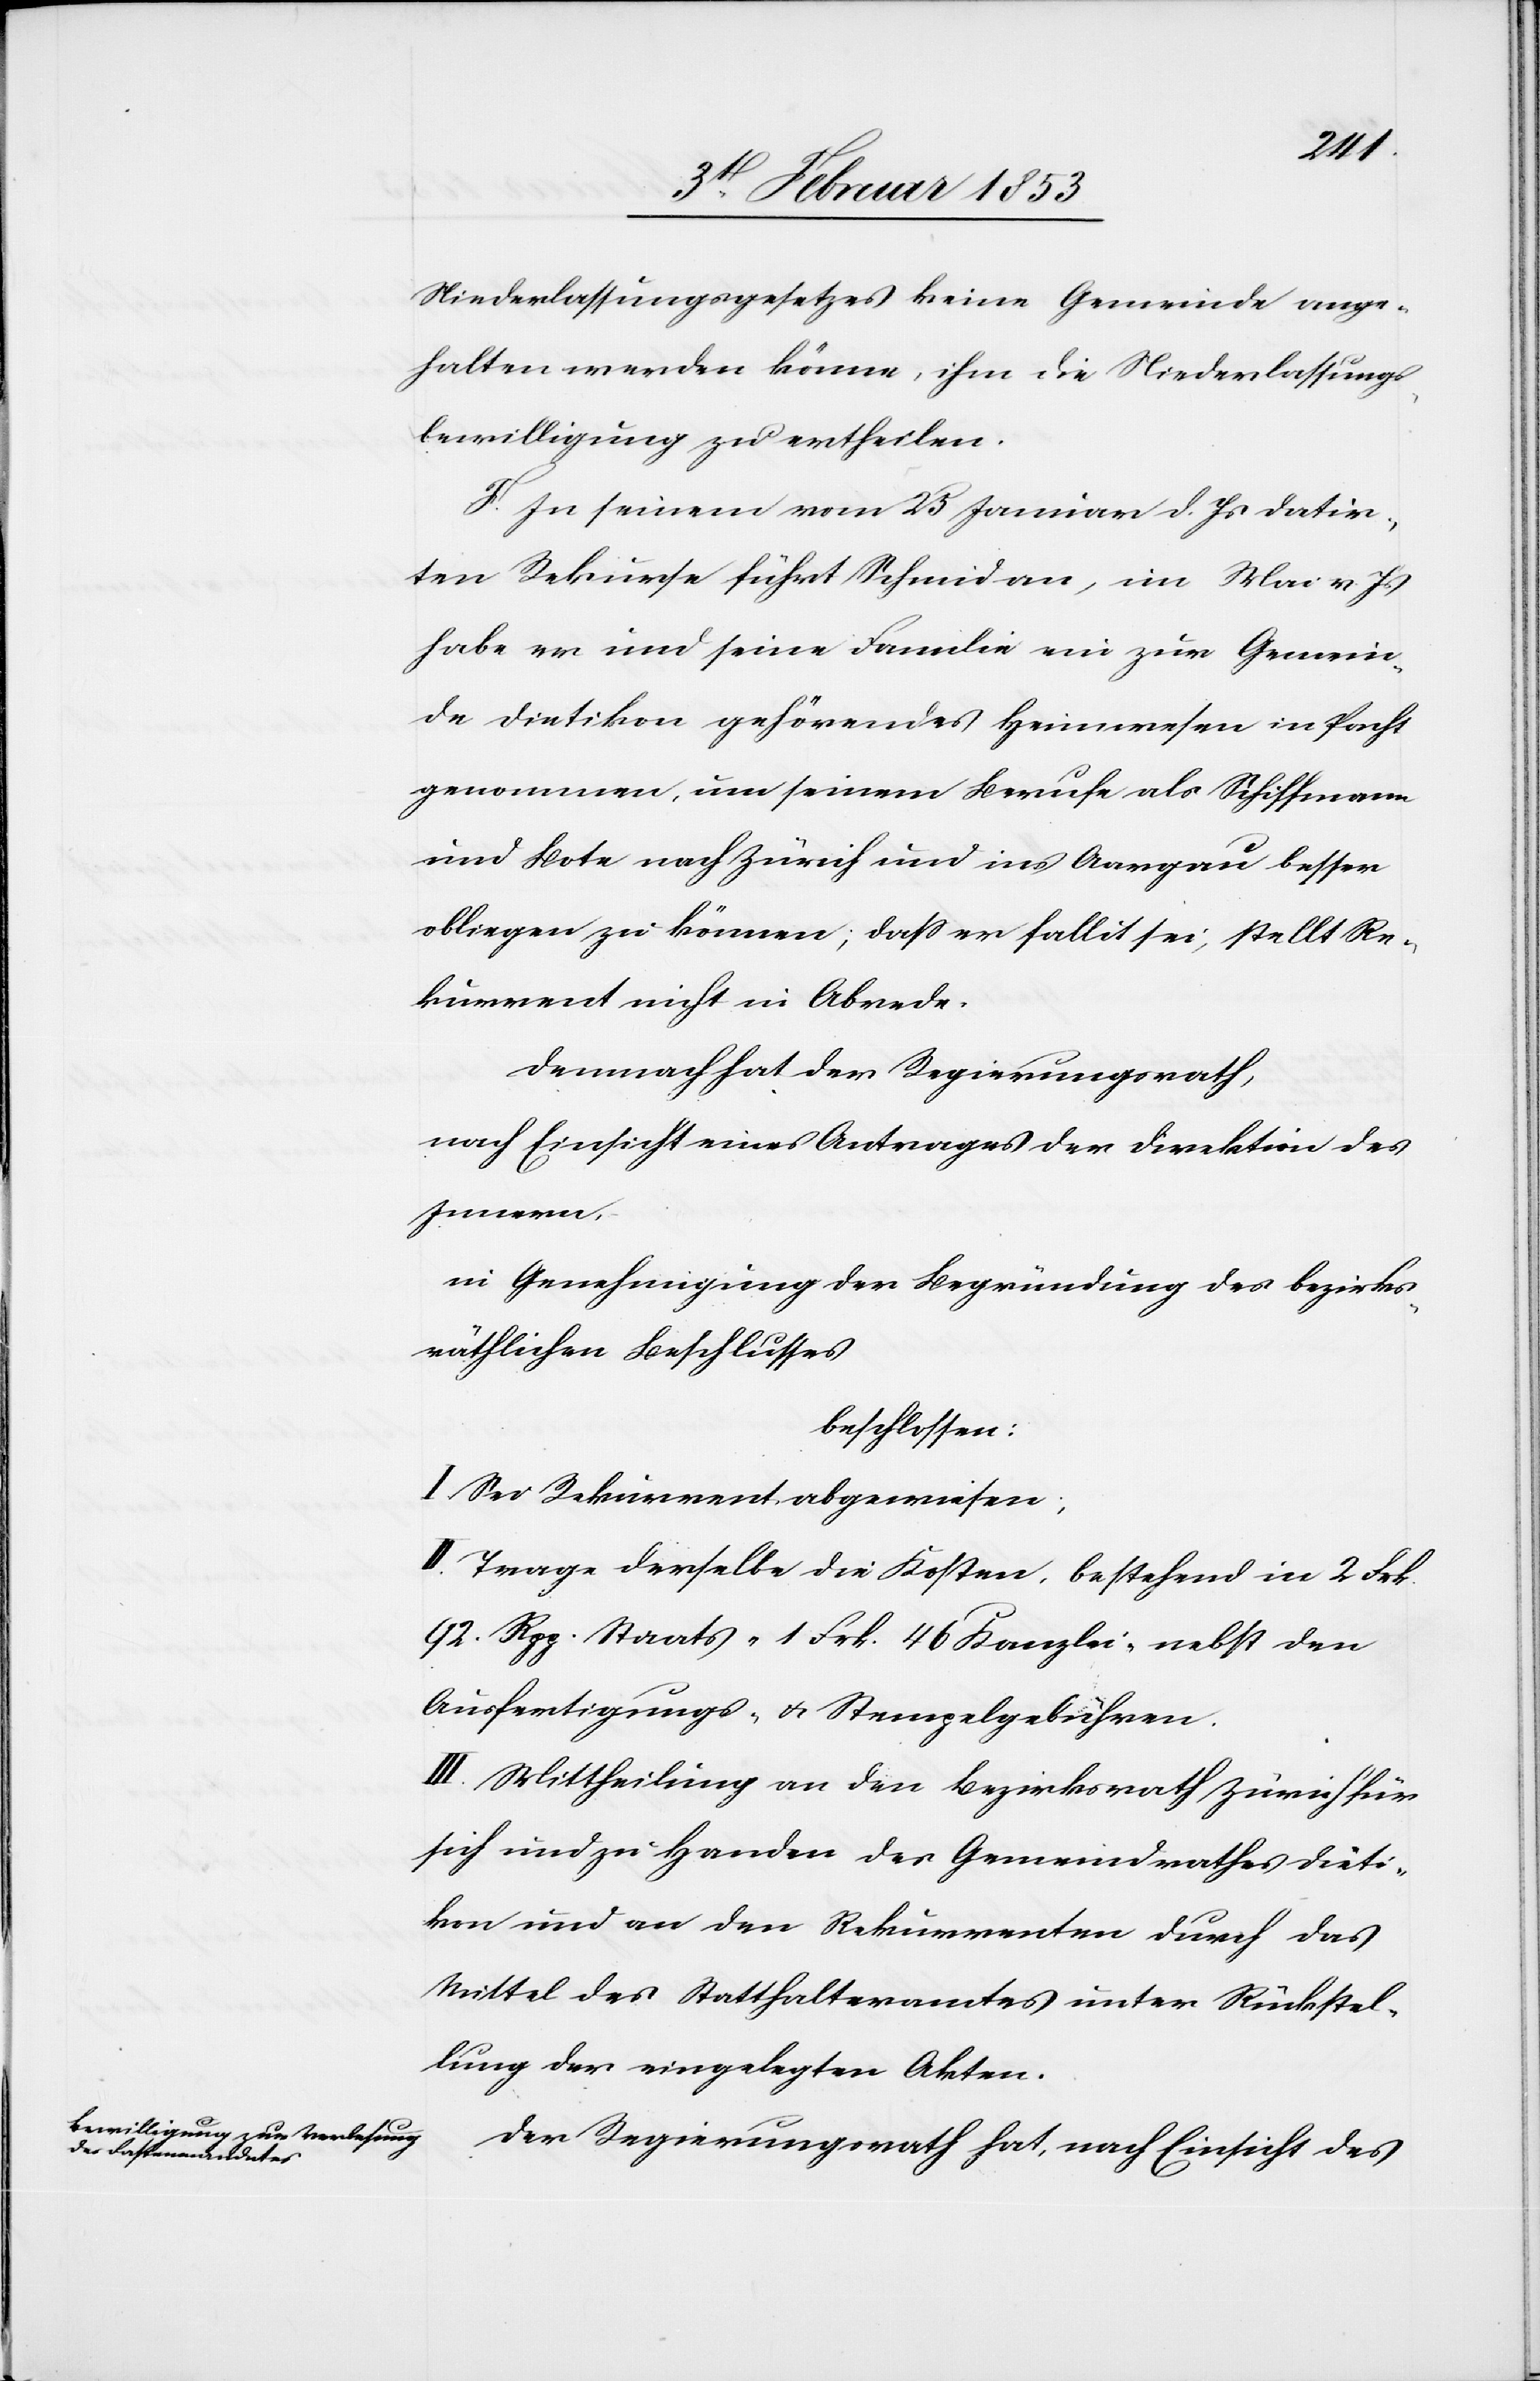
Niederlassungsgesetzes keine Gemeinde ange¬
halten werden könne, ihm die Niederlaßungs¬
bewilligung zu ertheilen.
F. In seinem vom 25 Januar d. Js. datir¬
ten Rekurse führt Schmid an, im Mai v. Js.
habe er und seine Familie ein zur Gemein¬
de Dietikon gehörendes Heimwesen in Pacht
genommen, um seinem Berufe als Schiffmann
und Bote nach Zürich und ins Aargau besser
obliegen zu können, daß er fallit sei, stellt Re¬
kurrent nicht in Abrede.
Demnach hat der Regierungsrath,
nach Einsicht eines Antrages der Direktion des
Innern.
in Genehmigung der Begründung des bezirks¬
räthlichen Beschlusses
beschlossen:
I. Sei Rekurrent abgewiesen;
II. Trage derselbe die Kosten, bestehend in 2 Frk.
92 Rpp. Staats- 1 Frk. 46 Kanzlei- nebst den
Ausfertigungs- u. Stempelgebühren.
III. Mittheilung an den Bezirksrath Zürich für
sich und zu Handen des Gemeindrathes Dieti¬
kon und an den Rekurrenten durch das
Mittel des Statthalteramtes unter Rückstel¬
lung der eingelegten Akten.
Der Regierungsrath hat, nach Einsicht des